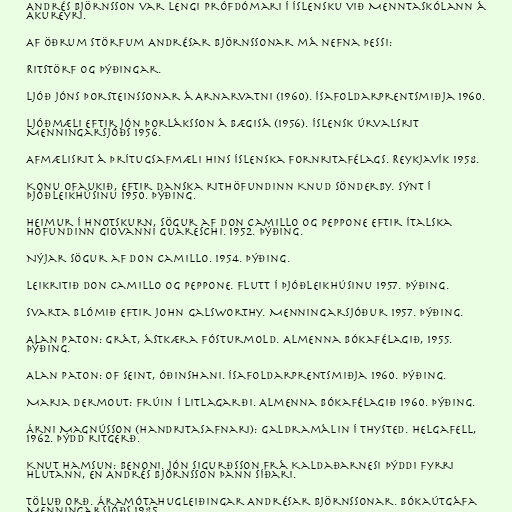
Andrés Björnsson var lengi prófdómari í íslensku við Menntaskólann á
Akureyri.

Af öðrum störfum Andrésar Björnssonar má nefna þessi:

Ritstörf og þýðingar.

Ljóð Jóns Þorsteinssonar á Arnarvatni (1960). Ísafoldarprentsmiðja 1960.

Ljóðmæli eftir Jón Þorláksson á Bægisá (1956). Íslensk úrvalsrit
Menningarsjóðs 1956.

Afmælisrit á þrítugsafmæli Hins íslenska fornritafélags. Reykjavík 1958.

Konu ofaukið, eftir danska rithöfundinn Knud Sönderby. Sýnt í
Þjóðleikhúsinu 1950. Þýðing.

Heimur í hnotskurn, sögur af Don Camillo og Peppone eftir ítalska
höfundinn Giovanni Guareschi. 1952. Þýðing.

Nýjar sögur af Don Camillo. 1954. Þýðing.

Leikritið Don Camillo og Peppone. Flutt í Þjóðleikhúsinu 1957. Þýðing.

Svarta blómið eftir John Galsworthy. Menningarsjóður 1957. Þýðing.

Alan Paton: Grát, ástkæra fósturmold. Almenna bókafélagið, 1955.
Þýðing.

Alan Paton: Of seint, óðinshani. Ísafoldarprentsmiðja 1960. Þýðing.

Maria Dermout: Frúin í Litlagarði. Almenna bókafélagið 1960. Þýðing.

Árni Magnússon (handritasafnari): Galdramálin í Thysted. Helgafell,
1962. Þýdd ritgerð.

Knut Hamsun: Benoni. Jón Sigurðsson frá Kaldaðarnesi þýddi fyrri
hlutann, en Andrés Björnsson þann síðari.

Töluð orð. Áramótahugleiðingar Andrésar Björnssonar. Bókaútgáfa
Menningarsjóðs 1985.